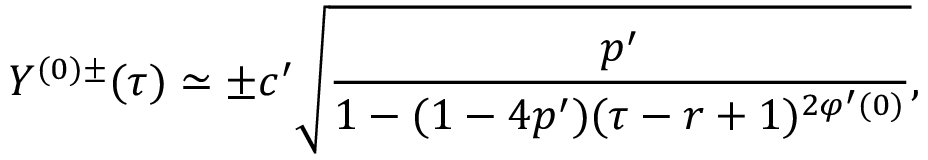
Y ^ { ( 0 ) \pm } ( \tau ) \simeq \pm c ^ { \prime } \sqrt { \frac { p ^ { \prime } } { 1 - ( 1 - 4 p ^ { \prime } ) ( \tau - r + 1 ) ^ { 2 \varphi ^ { \prime } ( 0 ) } } } ,